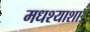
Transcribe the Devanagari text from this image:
मधश्याशा